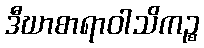
ဒီဃာစာရာဝါသိကဉ္စ